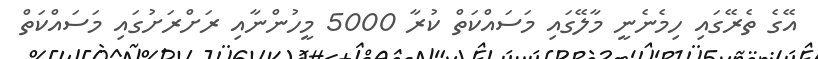
އޭގެ ތެރޭގައި ހިމެނެނީ މާލޭގައި މަސައްކަތް ކުރާ 5000 މީހުންނާއި ރަށްރަށުގައި މަސައްކަތް